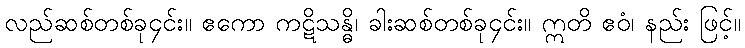
လည်ဆစ်တစ်ခု၄င်း။ ဧကော ကဋိသန္ဓိ၊ ခါးဆစ်တစ်ခု၄င်း။ ဣတိ ဧဝံ၊ နည်း ဖြင့်။